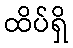
ထိပ်ရှိ